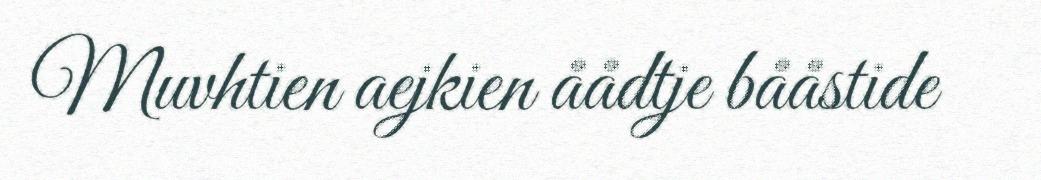
Muvhtien aejkien åådtje bååstide